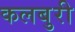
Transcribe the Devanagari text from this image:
कलबुरी